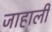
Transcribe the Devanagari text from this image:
जाहाली